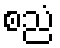
စညံ